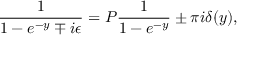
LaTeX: { \frac { 1 } { 1 - e ^ { - y } \mp i \epsilon } } = { \cal { P } } { \frac { 1 } { 1 - e ^ { - y } } } \pm \pi i \delta ( y ) ,